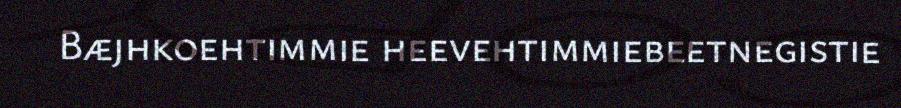
Bæjhkoehtimmie heevehtimmiebeetnegistie